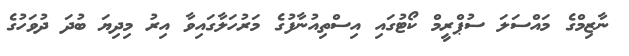
ނާޒިމްގެ މައްސަލަ ސުޕްރީމް ކޯޓުގައި އިސްތިއުނާފުގެ މަރުހަލާގައިވާ އިރު މިދިޔަ ބުދަ ދުވަހުގެ